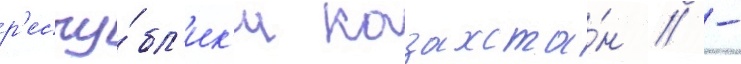
р'еспу́бл'ик'и казахста́н // -